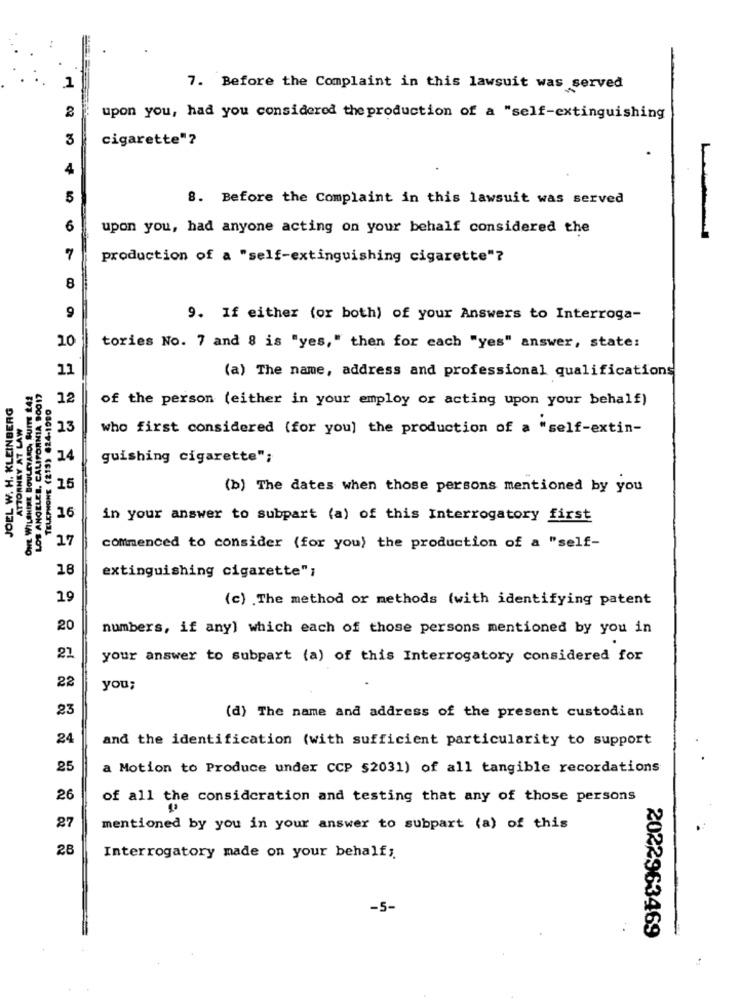
1
7. Before the Complaint in this lawsuit was served
upon you, had you considered the production of a "self-extinguishing
3
cigarette"?
4
5
8. Before the Complaint in this lawsuit was served
6
upon you, had anyone acting on your behalf considered the
7
production of a "self-extinguishing cigarette"?
8
9
9. If either (or both) of your Answers to Interroga-
10
tories No. 7 and 8 is "yes," then for each "yes" answer, state:
11
(a) The name, address and professional qualifications
WILSHIRE BOULEVARD, SUITE 242
LOS ANGELES, CALIFORNIA 90017
JOEL W. H. KLEINBERG
12
of the person (either in your employ or acting upon your behalf)
ATTORNEY AT LAW
13
who first considered (for you] the production of a "self-extin-
14
guishing cigarette";
15
(b) The dates when those persons mentioned by you
16
in your answer to subpart (a) of this Interrogatory first
17
commenced to consider (for you) the production of a "self-
18
extinguishing cigarette";
19
(c) .The method or methods (with identifying patent
20
numbers, if any) which each of those persons mentioned by you in
21
your answer to subpart (a) of this Interrogatory considered for
22
you;
23
(d) The name and address of the present custodian
24
and the identification (with sufficient particularity to support
25
a Motion to Produce under CCP 52031) of all tangible recordations
26
of all the consideration and testing that any of those persons
27
mentioned by you in your answer to subpart (a) of this
28
Interrogatory made on your behalf;
-5-
2022963469